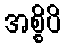
အစ္စိပိ